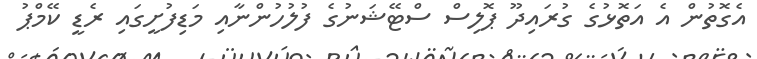
އެގޮތުން އެ އަތޮޅުގެ ގުރައިދޫ ޕޮލިސް ސްޓޭޝަނުގެ ފުލުހުންނާއި މަޑިފުށީގައި ރެޑީ ކޭމްޕު